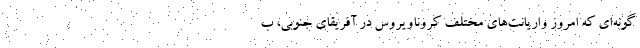
گونه‌ای که امروز واریانت‌های مختلف کروناویروس در آفریقای جنوبی، ب